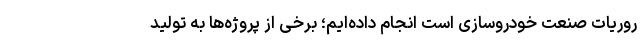
روریات صنعت خودروسازی است انجام داده‌ایم؛ برخی از پروژه‌ها به تولید